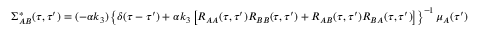
\Sigma _ { A B } ^ { * } ( \tau , \tau ^ { \prime } ) = ( - \alpha k _ { 3 } ) \left\{ \delta ( \tau - \tau ^ { \prime } ) + \alpha k _ { 3 } \left[ R _ { A A } ( \tau , \tau ^ { \prime } ) R _ { B B } ( \tau , \tau ^ { \prime } ) + R _ { A B } ( \tau , \tau ^ { \prime } ) R _ { B A } ( \tau , \tau ^ { \prime } ) \right] \right\} ^ { - 1 } \mu _ { A } ( \tau ^ { \prime } )